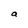
Character: a